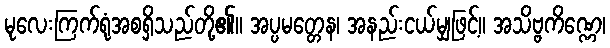
မုလေးကြက်ရုံအစရှိသည်တို့၏။ အပ္ပမတ္တေန၊ အနည်းငယ်မျှဖြင့်။ အသိဗ္ဗကိဏ္ဏေ၊